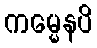
ကမ္မေနပိ